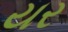
યર